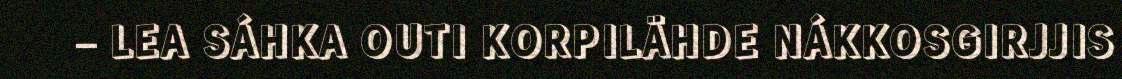
– LEA SÁHKA OUTI KORPILÄHDE NÁKKOSGIRJJIS